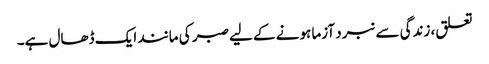
تعلق، زندگی سے نبرد آزما ہونے کے لیے صبر کی مانند ایک ڈھال ہے۔